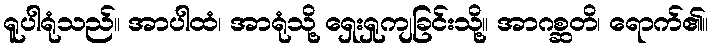
ရူပါရုံသည်။ အာပါထံ၊ အာရုံသို့ ရှေးရှုကျခြင်းသို့။ အာဂစ္ဆတိ၊ ရောက်၏။